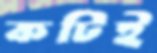
কটিই